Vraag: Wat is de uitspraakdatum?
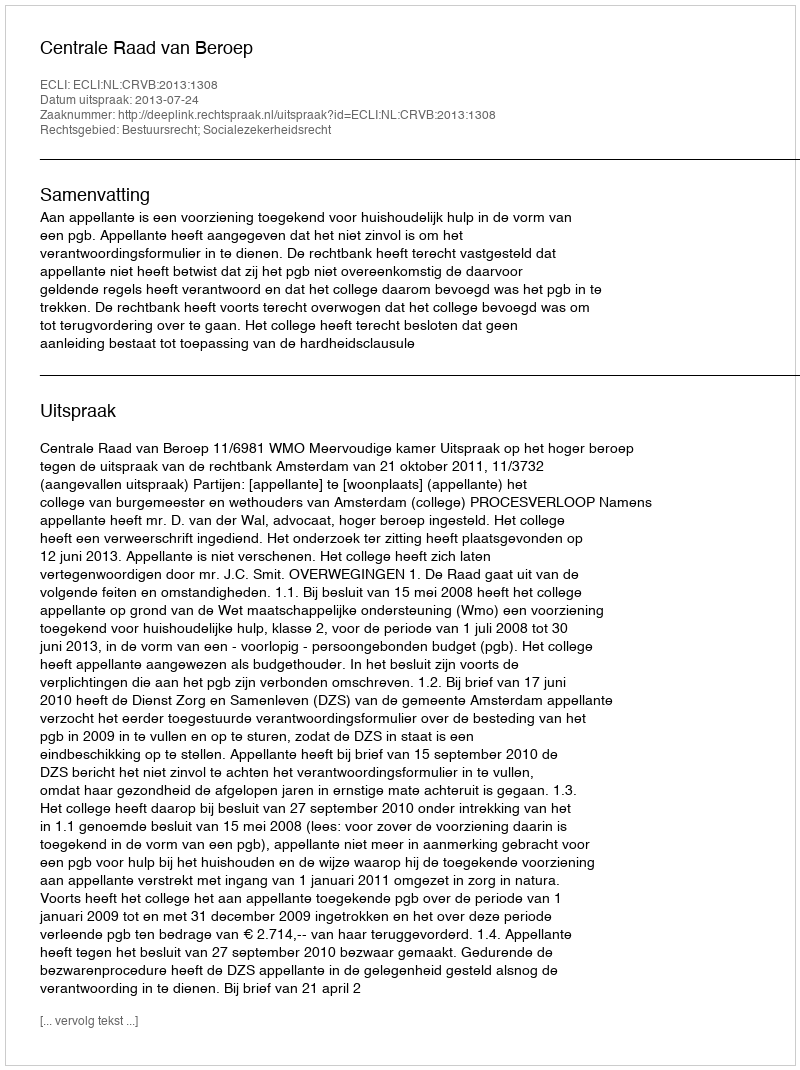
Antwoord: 2013-07-24